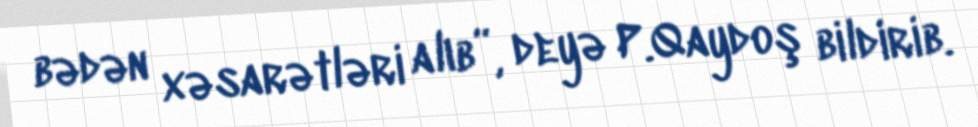
bədən xəsarətləri alıb”, deyə P.Qaydoş bildirib.